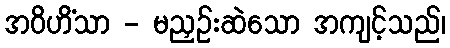
အဝိဟိံသာ - မညှဉ်းဆဲသော အကျင့်သည်၊